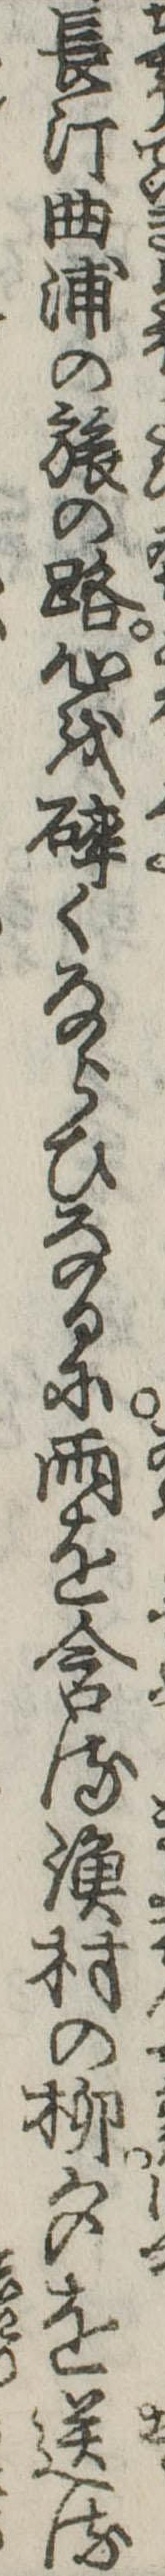
長汀曲浦の旅の路心を砕くならひなるに雨を含る漁村の柳夕を送る